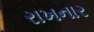
રાખનાર